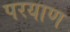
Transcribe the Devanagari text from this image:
परयाण